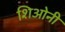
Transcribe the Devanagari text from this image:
शिओनी